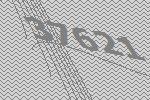
37621